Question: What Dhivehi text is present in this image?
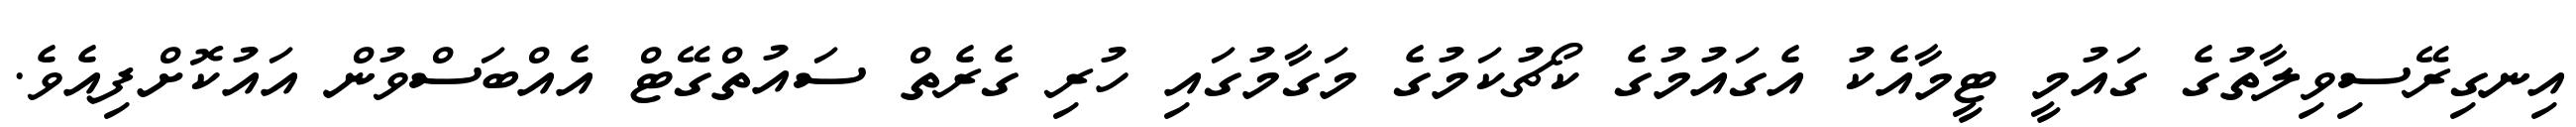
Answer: އިނގިރޭސިވިލާތުގެ ގައުމީ ޓީމާއެކު އެގައުމުގެ ކޯޗުކަމުގެ މަގާމުގައި ހުރި ގެރެތް ސައުތްގޭޓް އެއްބަސްވުން އައުކޮށްފިއެވެ.